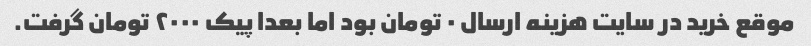
موقع خرید در سایت هزینه ارسال ۰ تومان بود اما بعدا پیک ۲۰۰۰ تومان گرفت.